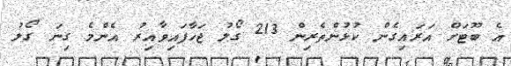
އެ ބޫޓަށް އަރައިގެން ކުޅުންތެރިން 213 ގޯލު ޖަހާފައިވާއިރު އެންމެ ގިނަ ގޯލު